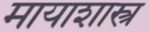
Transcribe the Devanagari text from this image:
मायाशास्त्र